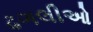
ઢગલીઓ